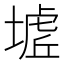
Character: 𭏟